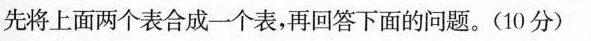
先将上面两个表合成一个表，再回答下面的问题。(10分)